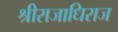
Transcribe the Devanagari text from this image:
श्रीराजाधिराज